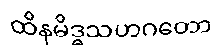
ထိနမိဒ္ဓသဟဂတော